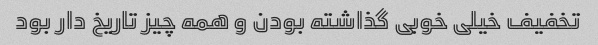
تخفیف خیلی خوبی گذاشته بودن و همه چیز تاریخ دار بود